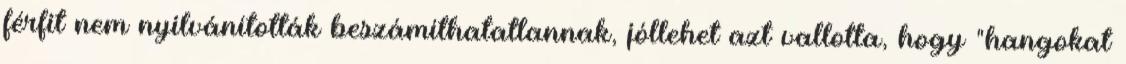
férfit nem nyilvánították beszámíthatatlannak, jóllehet azt vallotta, hogy "hangokat